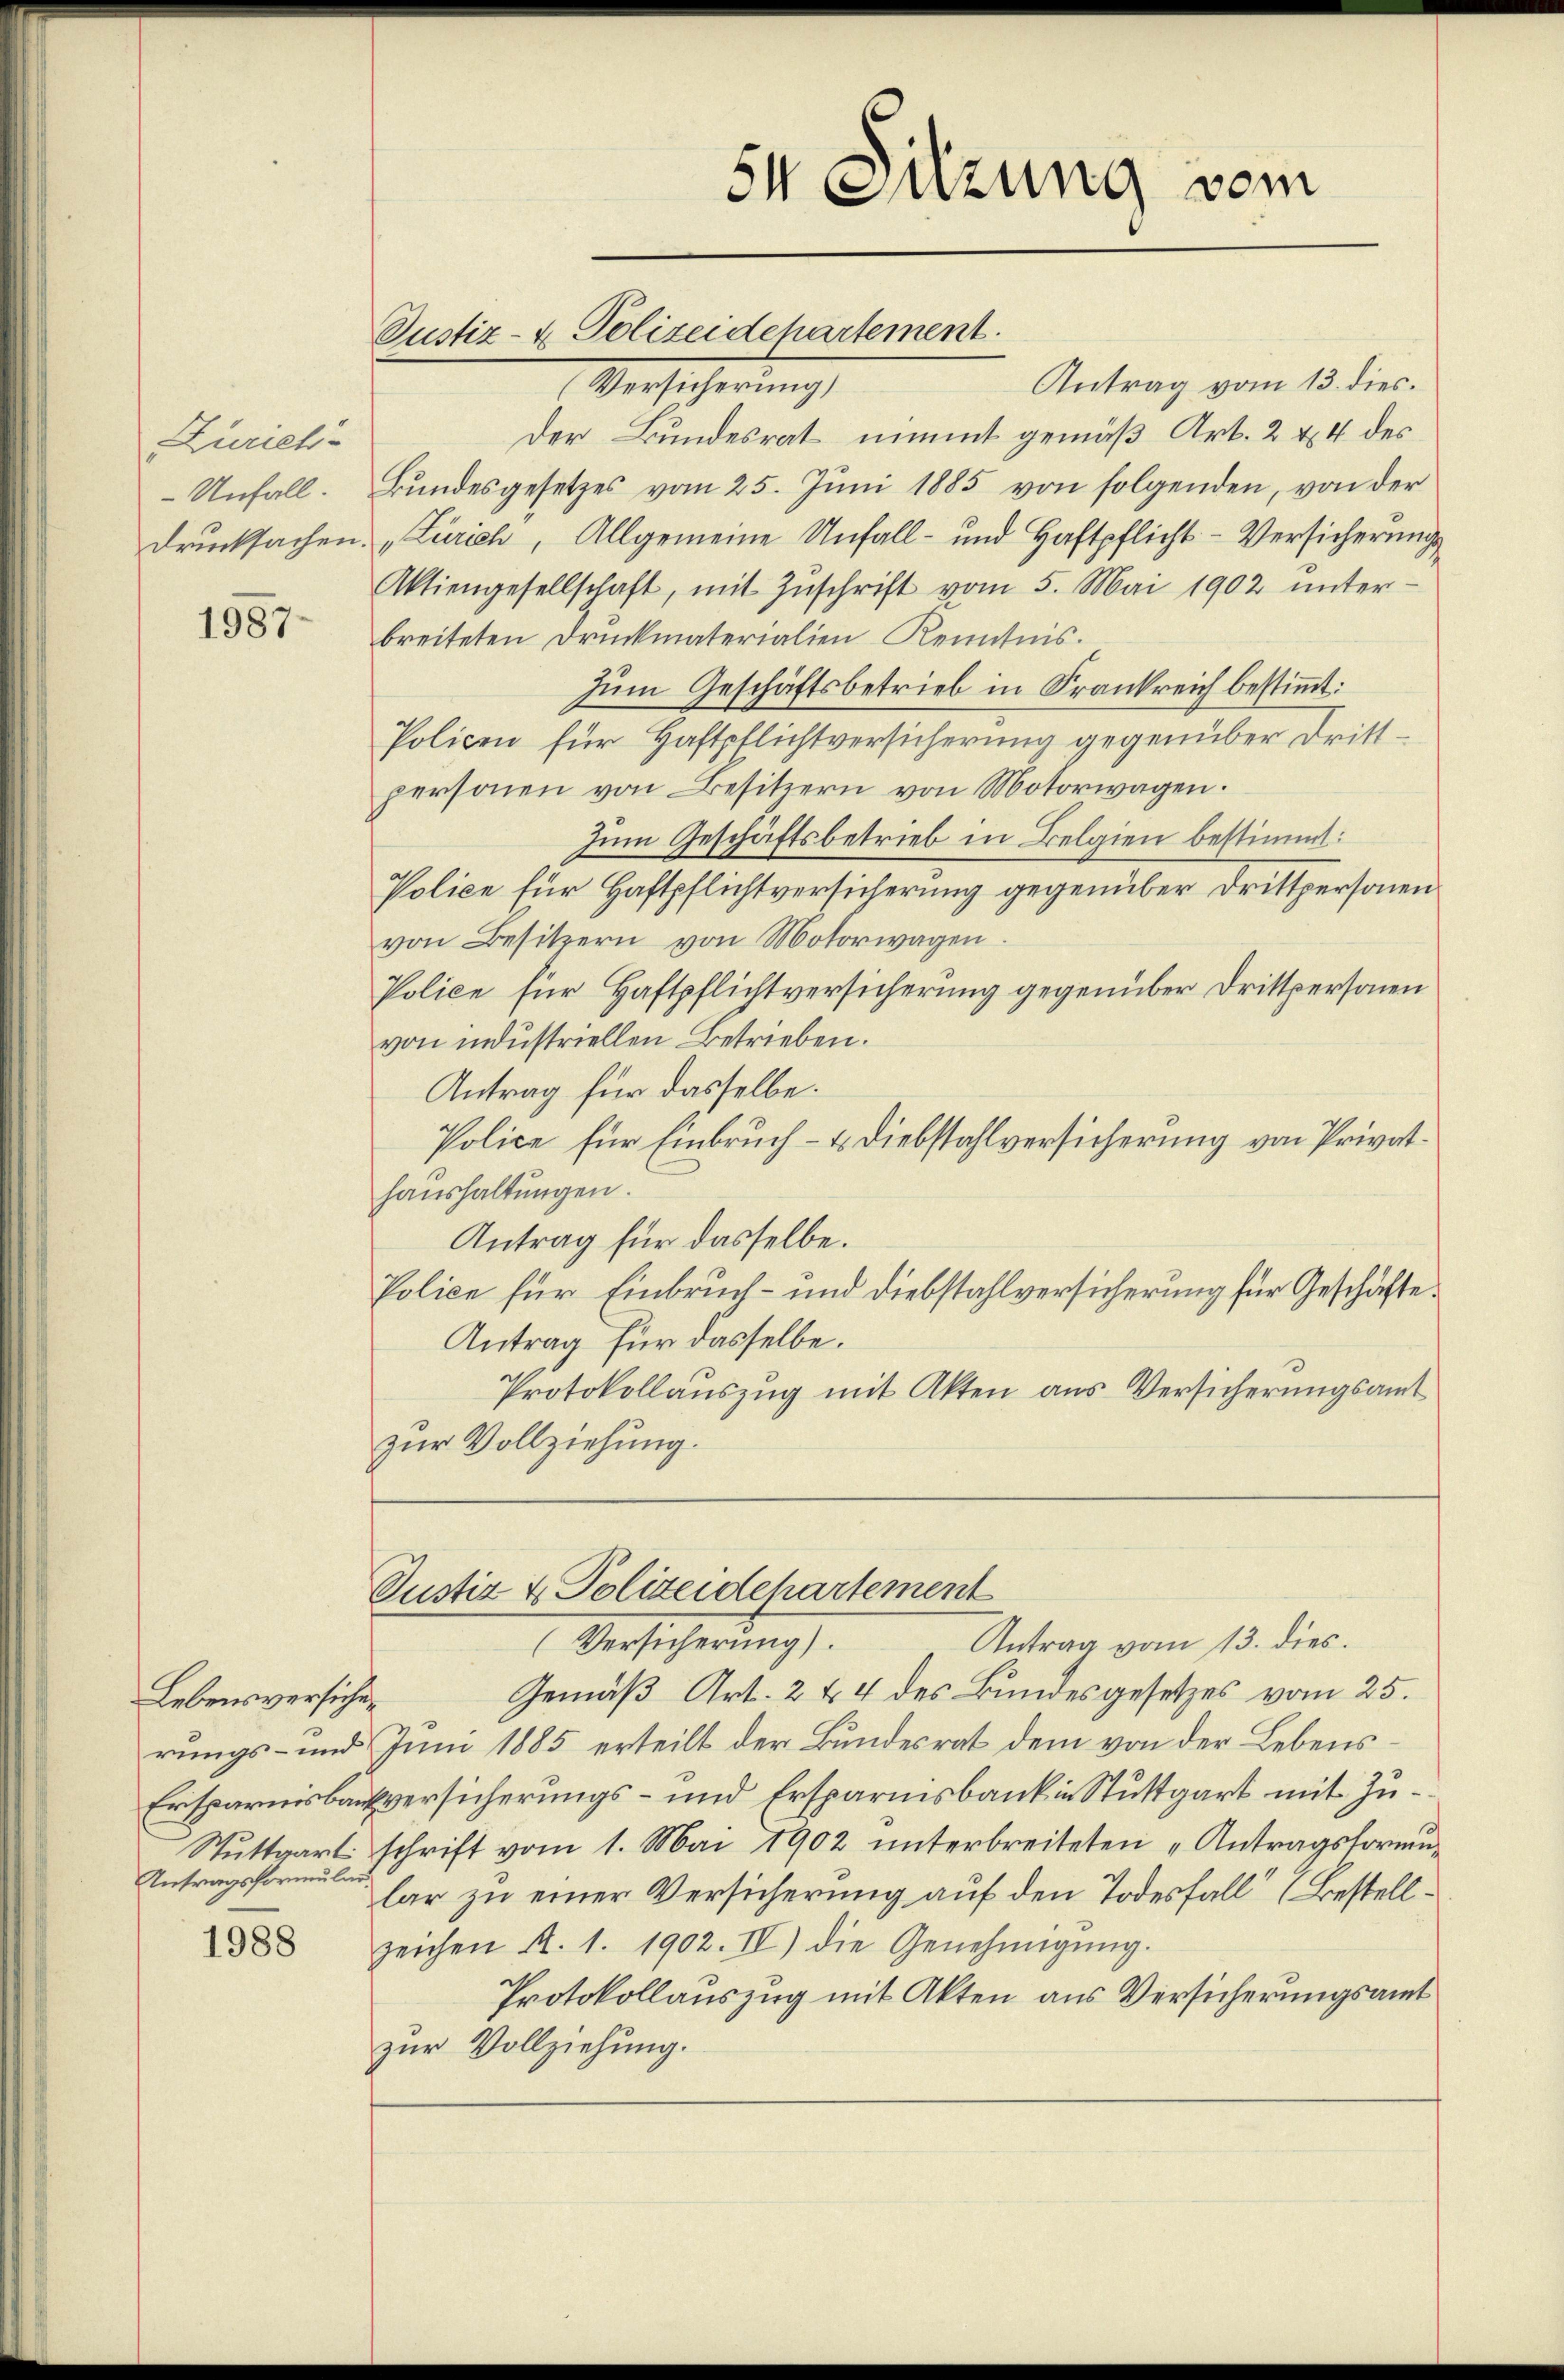
Zürich¬

1987

Lebensversichen
Antragsformular

1988

Justiz- & Polizeidepartement.
 Versicherung
Antrag vom 13. dies.
Der Bundesrat nimmt gemäß Art. 2 & 4 des
Unfall. Bŭndesgesetzes vom 25. Jŭni 1885 von folgenden, von der
drucksachen. „Zürich, Allgemeine Unfall- und Haftpflicht- Versicherungs¬
Aktiengesellschaft, mit Zŭschrift vom 5. Mai 1902 ŭnter-
breiteten Druckmaterialien Kenntnis.
zum Geschäftsbetrieb in Frankreich bestimmt:
Policen für Haftpflichtversicherung gegenüber Drittpersonen von Besitzern von Motorwagen.
Zum Geschäftsbetrieb in Belgien bestimmt:
Police für Haftpflichtversicherung gegenüber Drittpersonen
von Besitzern von Motorwagen.
Police für Haftpflichtversicherung gegenüber Drittpersonen
von industriellen Betrieben.
Antrag für dasselbe.
Police für Einbruch- & Diebstahlversicherung von Privathaushaltungen.
Antrag für dasselbe.
Police für Einbruch- und Diebstahlversicherung für Geschäfte
Antrag für dasselbe.
Protokollauszug mit Akten aus Versicherungsamt
zur Vollziehung.

(Versicherung).
Antrag vom 13. dies.
Gemäß Art. 2 & 4 des Bundesgesetzes vom 25.
rungs- und Juni 1885 erteilt der Bundesrat dem von der Lebens¬
Ersparnisbausversicherungs- und Ersparnisbank in Stuttgart mit Zu¬
Stuttgart schrift vom 1. Mai 1902 ŭnterbreiteten „Antragsformun
lar zu einer Versicherung auf den Todesfall“ (Bestellzeichen A. 1. 1902. IV) die Genehmigŭng.
Protokollauszug mit Akten aus Versicherungsamt
zur Vollziehung.

sn Sitzung vom

Justiz & Polizeidepartement